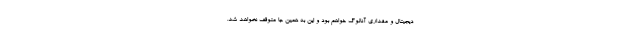
دیجیتال و مقداری آنالوگ خواهم بود و این به همین جا متوقف نخواهد شد.